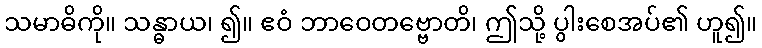
သမာဓိကို။ သန္ဓာယ၊ ၍။ ဧဝံ ဘာဝေတဗ္ဗောတိ၊ ဤသို့ ပွါးစေအပ်၏ ဟူ၍။